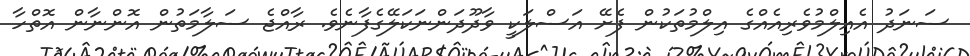
ސަނަދު އެއިލްމުވެރިއެއްގެ އިލްމުތަކުން ފެށޭ އަސްލަކީ ވާދޫދަންނަކަލޭގެފާނެވެ. ރާއްޖެ ސަލާމަތުން އޮންނާން އޮތްހާ